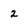
Character: 2